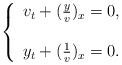
\begin{align*}\left\{ \begin{array}{ll} v_{t}+(\frac{y}{v})_x=0, \\ \\ y_{t}+(\frac{1}{v})_x=0. \end{array} \right.\end{align*}